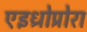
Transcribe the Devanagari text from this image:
एइध्रोप्रोरा